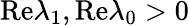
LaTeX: \mathrm{Re}\lambda_{1},\mathrm{Re}\lambda_{0}>0